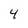
Character: 4